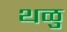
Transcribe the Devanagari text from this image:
थळु